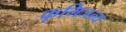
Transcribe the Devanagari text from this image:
कृमिजन्य